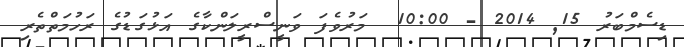
ޑިސެމްބަރު 15